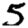
Digit: 5